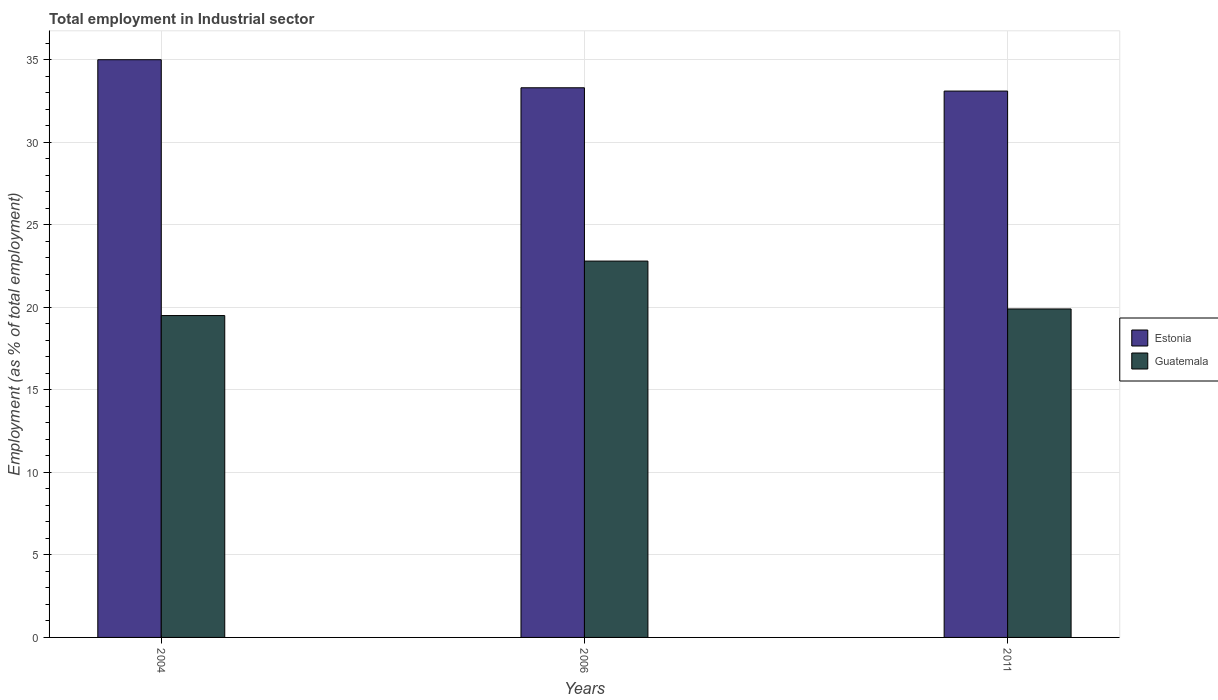
| Years | Estonia | Guatemala |
 | --- | --- | --- |
 | 2004 | 35 | 19.5 |
 | 2006 | 33.3 | 22.8 |
 | 2011 | 33.1 | 19.9 |